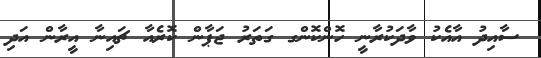
ސާއިދު އާއެކު ވާދަކުރާނީ ހޮންކޮންގ ގަތަރު ޖަޕާން ކޮރެއާ ޗައިނާ އީރާން އަދި